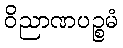
ဝိညာဏပဉ္စမံ